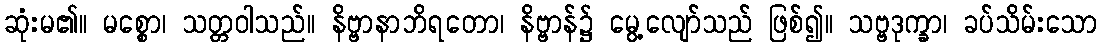
ဆုံးမ၏။ မစ္စော၊ သတ္တဝါသည်။ နိဗ္ဗာနာဘိရတော၊ နိဗ္ဗာန်၌ မွေ့လျော်သည် ဖြစ်၍။ သဗ္ဗဒုက္ခာ၊ ခပ်သိမ်းသော